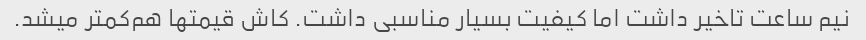
نیم ساعت تاخیر داشت اما کیفیت بسیار مناسبی داشت. کاش قیمتها هم‌کمتر میشد.